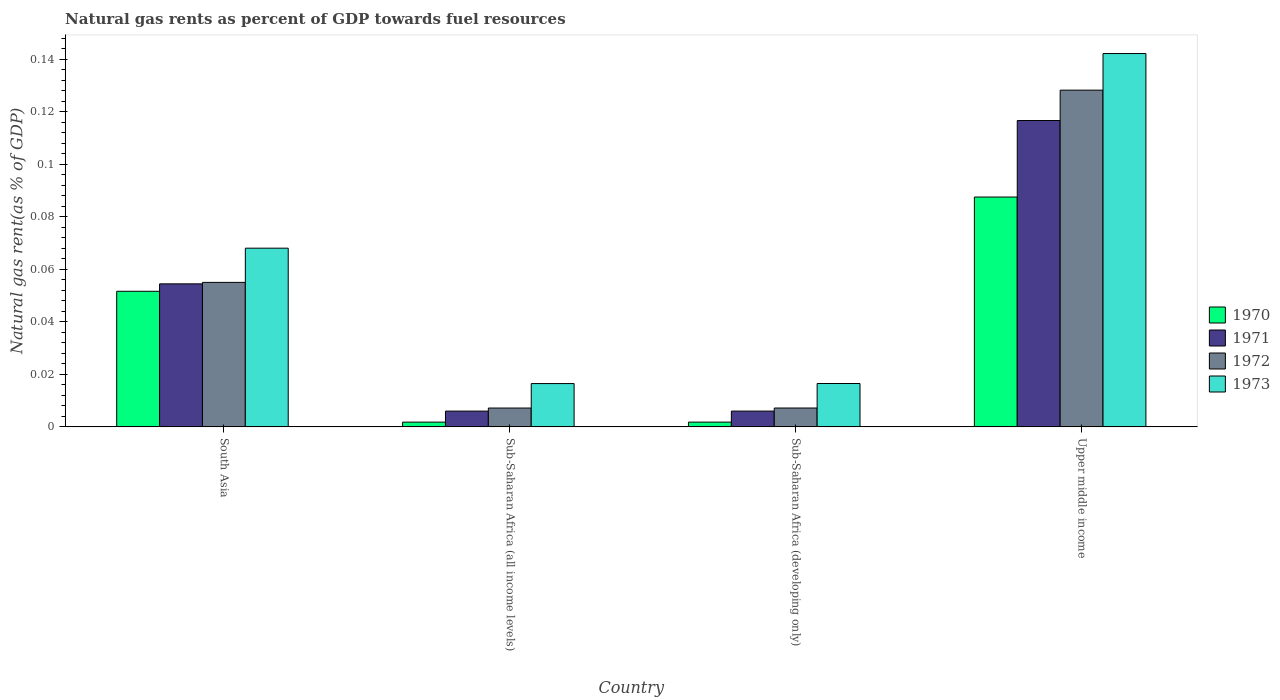
| Country | 1970 | 1971 | 1972 | 1973 |
 | --- | --- | --- | --- | --- |
 | South Asia | 0.0516 | 0.0545 | 0.055 | 0.0681 |
 | Sub-Saharan Africa (all income levels) | 0.00181 | 0.006 | 0.00717 | 0.0165 |
 | Sub-Saharan Africa (developing only) | 0.00181 | 0.00601 | 0.00718 | 0.0165 |
 | Upper middle income | 0.0876 | 0.117 | 0.128 | 0.142 |